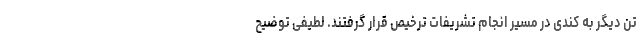
تن دیگر به کندی در مسیر انجام تشریفات ترخیص قرار گرفتند. لطیفی توضیح